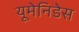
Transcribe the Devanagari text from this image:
यूमेनिडेस